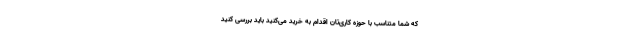
که شما متناسب با حوزه‌ کاری‌تان اقدام به خرید می‌کنید باید بررسی کنید